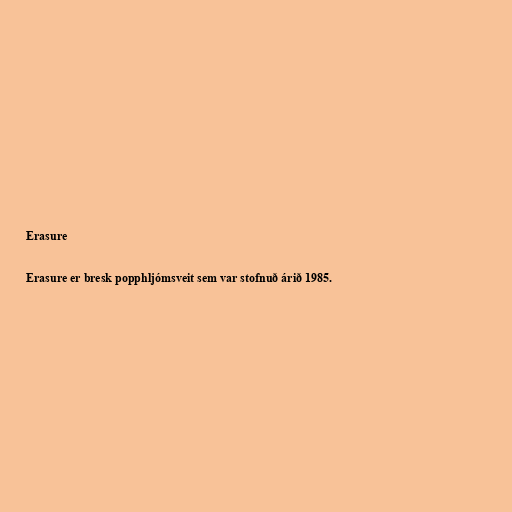
Erasure

Erasure er bresk popphljómsveit sem var stofnuð árið 1985.